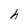
Character: h